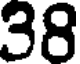
38